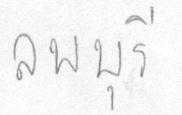
ลพบุรี